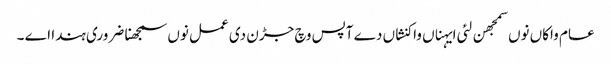
عام واکاں نوں سمجھن لئی ایہناں واکنشاں دے آپس وچ جڑن دی عمل نوں سمجھنا ضروری ہندا اے ۔